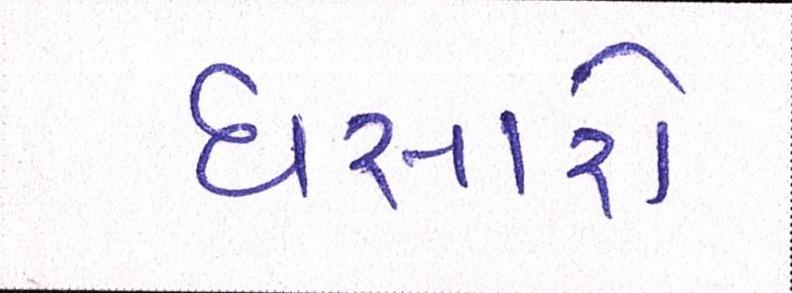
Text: ધસારો